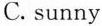
C.Sunny